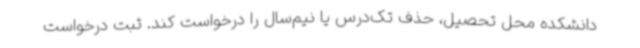
دانشکده محل تحصیل، حذف تک‌درس یا نیم‌سال را درخواست کند. ثبت درخواست